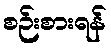
စဉ်းစားရန်